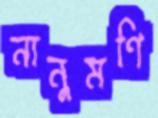
নানুমণি